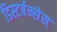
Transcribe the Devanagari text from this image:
डिस्टर्बन्सेस्